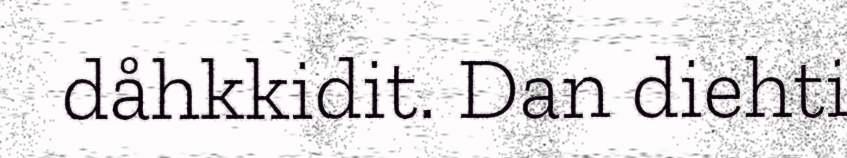
dåhkkidit. Dan diehti